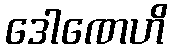
ဒေါဏေဟိ